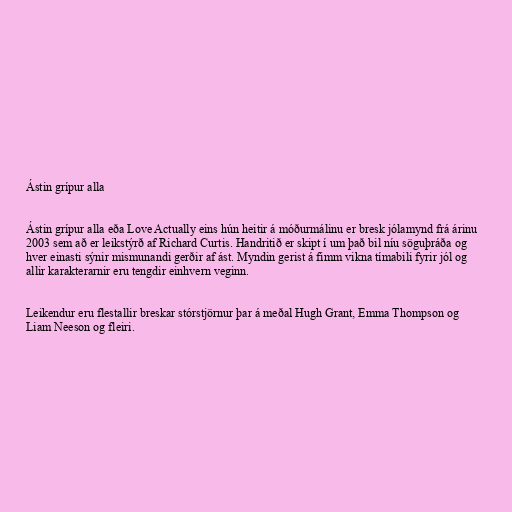
Ástin grípur alla

Ástin grípur alla eða Love Actually eins hún heitir á móðurmálinu er bresk jólamynd frá árinu
2003 sem að er leikstýrð af Richard Curtis. Handritið er skipt í um það bil níu söguþráða og
hver einasti sýnir mismunandi gerðir af ást. Myndin gerist á fimm vikna tímabili fyrir jól og
allir karakterarnir eru tengdir einhvern veginn.

Leikendur eru flestallir breskar stórstjörnur þar á meðal Hugh Grant, Emma Thompson og
Liam Neeson og fleiri.